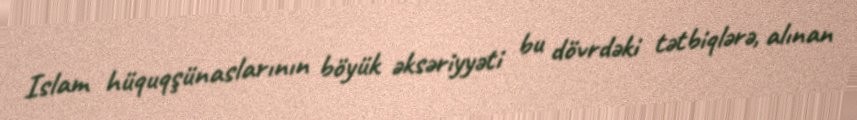
Islam hüquqşünaslarının böyük əksəriyyəti bu dövrdəki tətbiqlərə, alınan